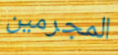
المجرمين